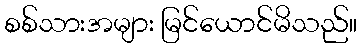
စစ်သားအများ မြင်ယောင်မိသည်။